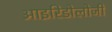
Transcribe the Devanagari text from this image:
आइरिडोलोजी